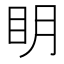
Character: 眀